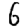
Digit: 6